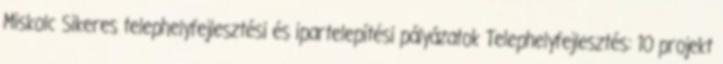
Miskolc Sikeres telephelyfejlesztési és ipartelepítési pályázatok Telephelyfejlesztés: 10 projekt